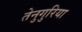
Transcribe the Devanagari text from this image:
तेनुगुरिया